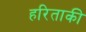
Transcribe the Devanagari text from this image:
हरिताकी